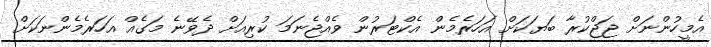
އެމީހުންނަށް ޖަޖްކުރާ ބަޔަކަށް އަހަރެމެން އެކްޓަރުން ވެއްޖެނަމަ ކުރިއަށް ދެވޭނެ މަގެއް އަހަރެމެންނަކަށް